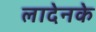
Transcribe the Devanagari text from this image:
लादेनके